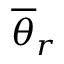
\overline { { \theta } } _ { r }